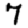
Digit: 7